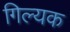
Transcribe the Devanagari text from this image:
गिल्यक